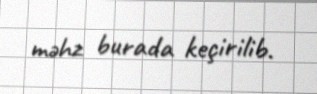
məhz burada keçirilib.